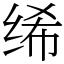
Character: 𫄨